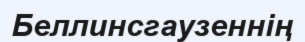
Беллинсгаузеннің